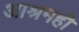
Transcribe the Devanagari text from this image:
आश्रमही